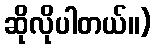
ဆိုလိုပါတယ်။)